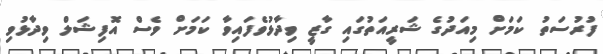
ފުރުސަތު ކަމަށް މިއަދުގެ ޝަރީއަތުގައި ގާޒީ ވިދާޅުވެފައިވާ ކަމަށް ވެސް އޮފިޝަލް ވިދާޅުވި